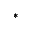
^ { * }